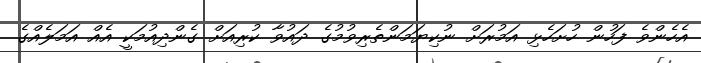
އެހެންވެ ފަހުން ހުށަހެޅި އަމުރަށް ނުކިޔަމަންތެރިވުމުގެ ދައުވާ ކުރިއަށް ގެންދިއުމަކީ އެއް އަމަލެއްގެ